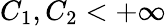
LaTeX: C_{1},C_{2}<+\infty